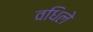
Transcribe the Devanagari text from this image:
वधिले